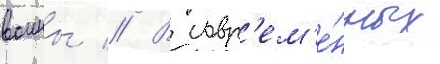
воины // В совр'ем'е́нных